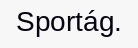
Sportág.